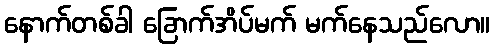
နောက်တစ်ခါ ခြောက်အိပ်မက် မက်နေသည်လော။